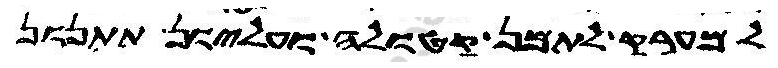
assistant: למערק לתמן קטולה ועליון תתנון